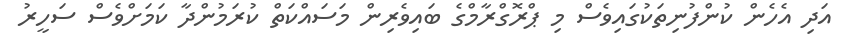
އަދި އެހެން ކުންފުނިތަކުގައިވެސް މި ޕްރޮގްރާމްގެ ބައިވެރިން މަސައްކަތް ކުރަމުންދާ ކަމަށްވެސް ސަހީރު